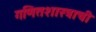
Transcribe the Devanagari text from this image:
गणितशास्त्राची